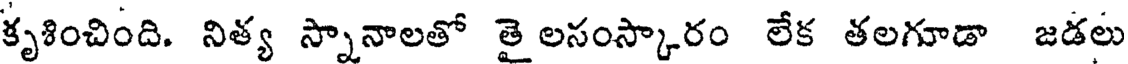
కృశించింది. నిత్య స్నానాలతో తై లసంస్కారం లేక తలగూడా జడలు